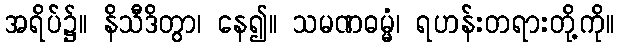
အရိပ်၌။ နိသီဒိတွာ၊ နေ၍။ သမဏဓမ္မံ၊ ရဟန်းတရားတို့ကို။